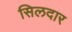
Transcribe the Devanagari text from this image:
सिलदार